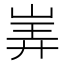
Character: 㟖